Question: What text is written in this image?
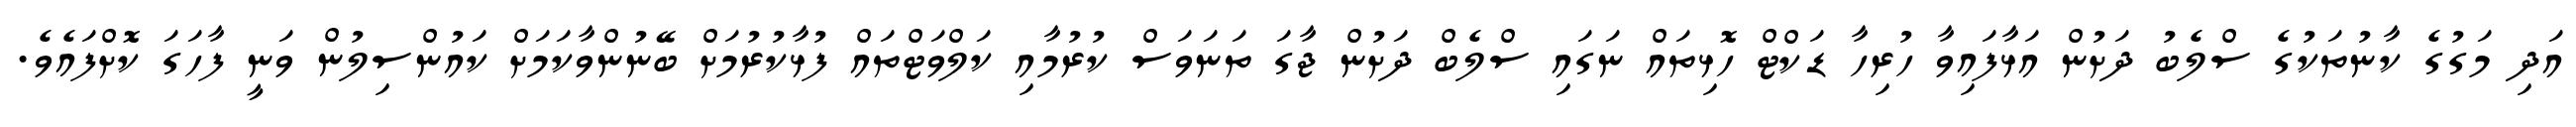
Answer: އަދި މަގުގެ ކާނުތަކުގެ ސްލެބު ދަށުން އަޅާފައިވާ ހުރިހާ ޑަކްޓް ހޮޅިތައް ނަގައި ސްލެބް ދަށުން ޖާގަ ތަނަވަސް ކުރުމާއި ކަލްވަޓްތައް ފުޅާކުރުމަށް ބޭނުންވާކަމަށް ކައުންސިލުން ވަނީ ފާހަގަ ކޮށްފައެވެ.